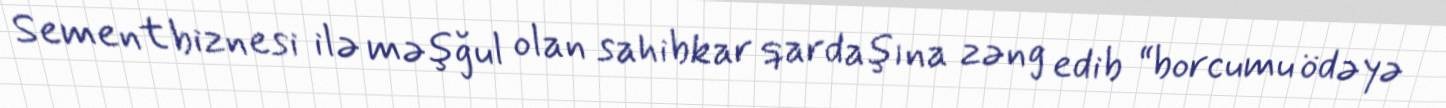
Sement biznesi ilə məşğul olan sahibkar qardaşına zəng edib “borcumu ödəyə